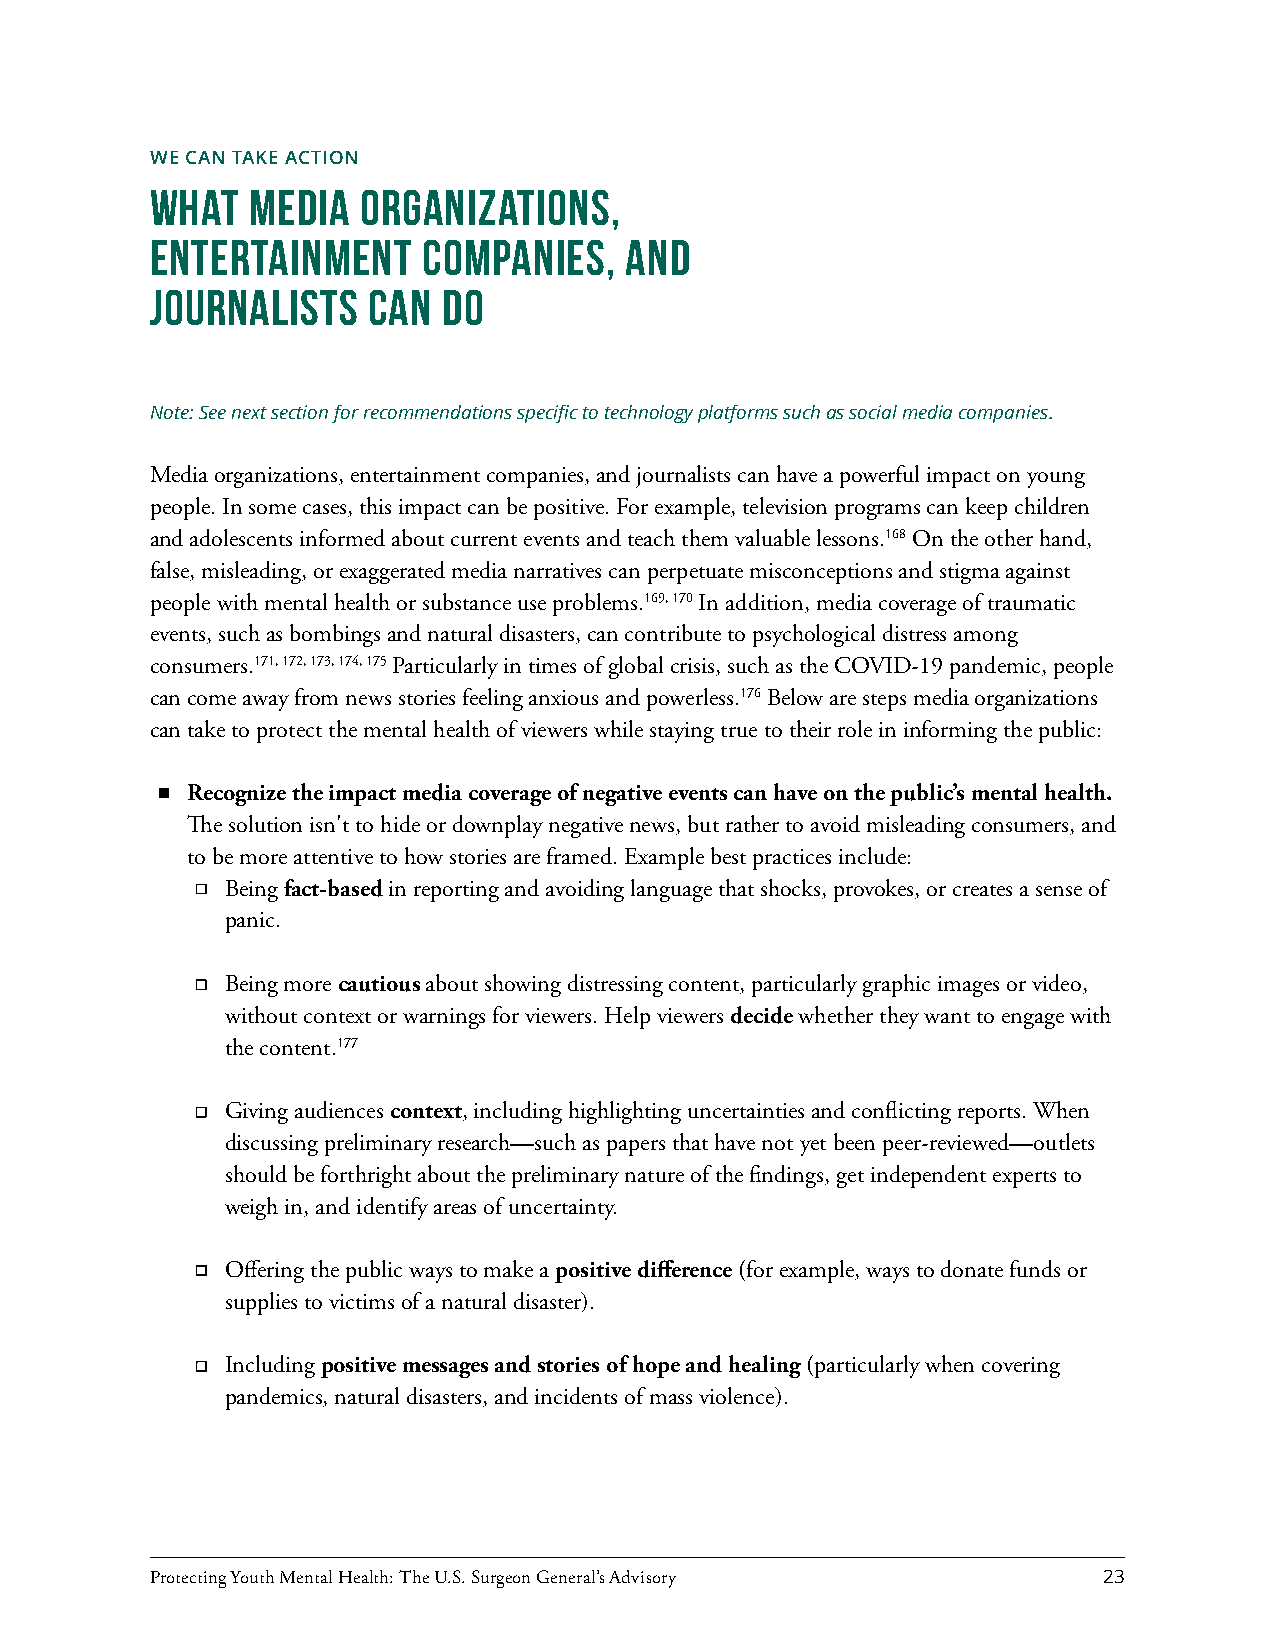
WE CAN TAKE ACTION
 What   Media  Organizations,
 Entertainment     Companies,   and
 Journalists   Can  Do
 Note: See next section for recommendations specific to technology platforms such as social media companies.
 Media organizations, entertainment companies, and journalists can have a powerful impact on young
 people. In some cases, this impact can be positive. For example, television programs can keep children
 and adolescents informed about current events and teach them valuable lessons.168 On the other hand,
 false, misleading, or exaggerated media narratives can perpetuate misconceptions and stigma against
 people with mental health or substance use problems.169, 170 In addition, media coverage of traumatic
 events, such as bombings and natural disasters, can contribute to psychological distress among
 consumers.171, 172, 173, 174, 175 Particularly in times of global crisis, such as the COVID-19 pandemic, people
 can come away from news stories feeling anxious and powerless.176 Below are steps media organizations
 can take to protect the mental health of viewers while staying true to their role in informing the public:
 Recognize the impact media coverage of negative events can have on the public’s mental health.
 The solution isn't to hide or downplay negative news, but rather to avoid misleading consumers, and
 to be more attentive to how stories are framed. Example best practices include:
 Being fact-based in reporting and avoiding language that shocks, provokes, or creates a sense of
 panic.
 Being more cautious about showing distressing content, particularly graphic images or video,
 without context or warnings for viewers. Help viewers decide whether they want to engage with
 the content.177
 Giving audiences context, including highlighting uncertainties and conflicting reports. When
 discussing preliminary research—such as papers that have not yet been peer-reviewed—outlets
 should be forthright about the preliminary nature of the findings, get independent experts to
 weigh in, and identify areas of uncertainty.
 Offering the public ways to make a positive difference (for example, ways to donate funds or
 supplies to victims of a natural disaster).
 Including positive messages and stories of hope and healing (particularly when covering
 pandemics, natural disasters, and incidents of mass violence).
 Protecting Youth Mental Health: The U.S. Surgeon General’s Advisory 23